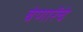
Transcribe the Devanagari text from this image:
बेणारेंचे